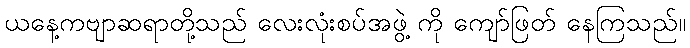
ယနေ့ကဗျာဆရာတို့သည် လေးလုံးစပ်အဖွဲ့ ကို ကျော်ဖြတ် နေကြသည်။